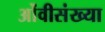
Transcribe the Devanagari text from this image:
ओंवीसंख्या